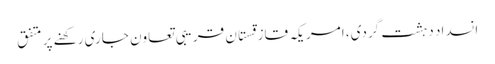
انسداد دہشت گردی، امریکہ قازقستان قریبی تعاون جاری رکھنے پر متفق